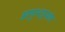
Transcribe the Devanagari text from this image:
अणुभट्टय़ांत